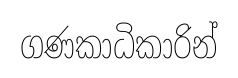
ගණකාධිකාරින්